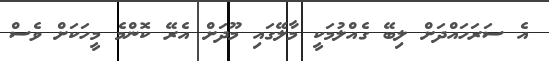
އެ ސަރަހައްދަށް ލިބޭ ގެއްލުމަކީ މާލޭގައި މޫދަށް އެރޭ ކޮންމެ މީހަކަށް ވެސް